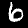
Digit: 6